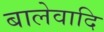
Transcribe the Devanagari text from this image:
बालेवादि